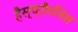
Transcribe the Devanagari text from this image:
हैस्प्रौरनिस